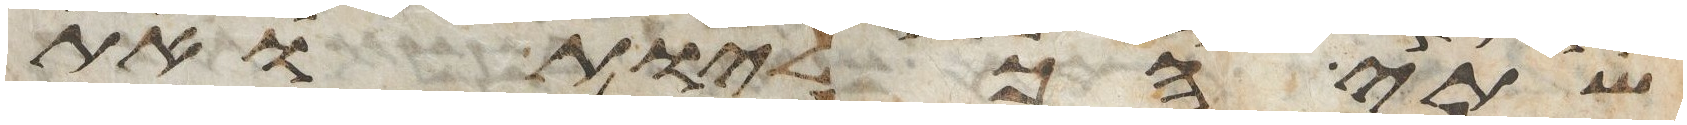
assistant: שתי הכליות ואת